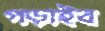
পড়াইব